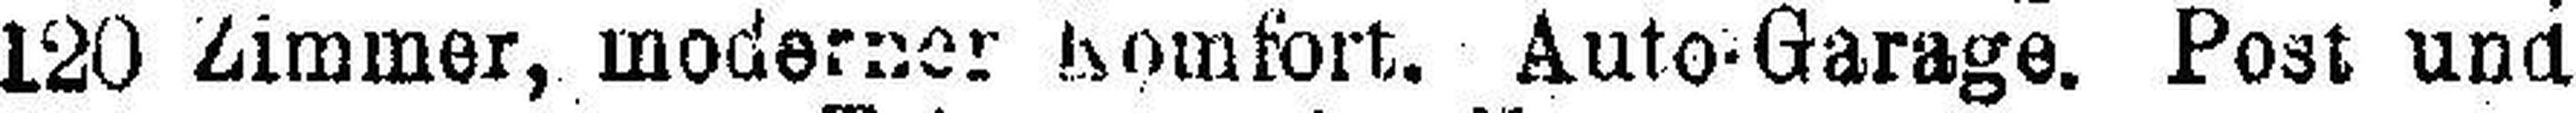
120 Zimmer, moderner homfort. Auto-Garage. Post und.